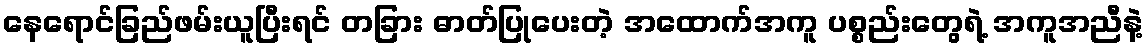
နေရောင်ခြည်ဖမ်းယူပြီးရင် တခြား ဓာတ်ပြုပေးတဲ့ အထောက်အကူ ပစ္စည်းတွေရဲ့ အကူအညီနဲ့